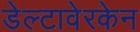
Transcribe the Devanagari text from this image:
डेल्टावेरकेन